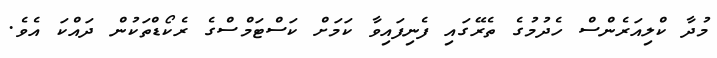
މުދާ ކްލިއަރެންސް ހެދުމުގެ ތެރޭގައި ފެނިފައިވާ ކަމަށް ކަސްޓަމްސްގެ ރެކޯޑްތަކުން ދައްކަ އެވެ.